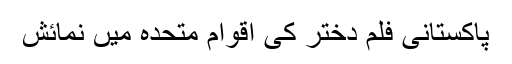
پاکستانی فلم دختر کی اقوامِ متحدہ میں نمائش